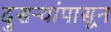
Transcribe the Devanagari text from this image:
दुसऱ्यांपासून